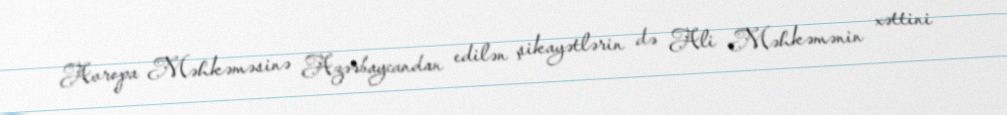
Avropa Məhkəməsinə Azərbaycandan edilən şikayətlərin də Ali Məhkəmənin xəttini